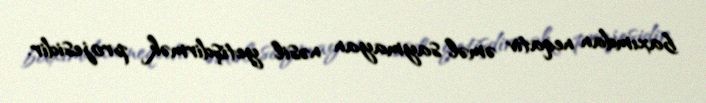
baxımdan neqativ əməl saymayan nəsil yetişdirmək projesidir.